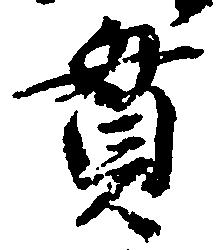
貫